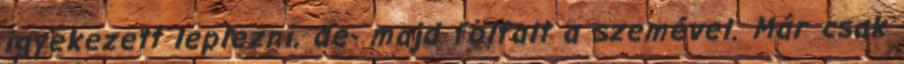
igyekezett leplezni, de- majd fölfalt a szemével. Már csak